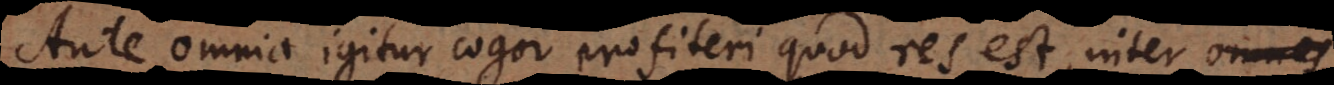
Ante omnia igitur cogor profiteri quod res est, inter omnes